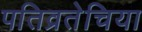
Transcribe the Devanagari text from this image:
पतिव्रतेचिया